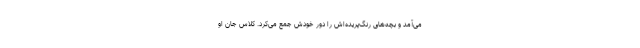
می‌آمد و بچه‌های رنگ‌پریده‌اش را دور خودش جمع می‌کرد. کلاس جانِ او